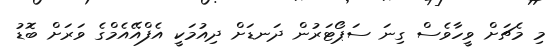
މި މެޗަށް ވީހާވެސް ގިނަ ސަޕޯޓަރުން ދަނޑަށް ދިއުމަކީ އެފްއޭއެމްގެ ވަރަށް ބޮޑު